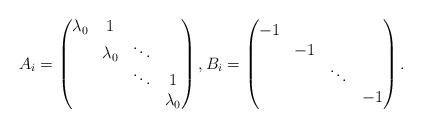
LaTeX: \begin{align*} A_i =\left( \begin{matrix} \lambda_0 &1& & \\ & \lambda_0 & \ddots & \\ & & \ddots & 1 \\ & & & \lambda_0 \\ \end{matrix} \right), B_i= \left( \begin{matrix} -1 & & & \\ & -1 & & \\ & & \ddots & \\ & & & -1 \\ \end{matrix} \right).\end{align*}